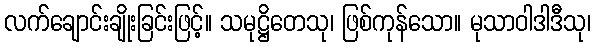
လက်ချောင်းချိုးခြင်းဖြင့်။ သမုဋ္ဌိတေသု၊ ဖြစ်ကုန်သော။ မုသာဝါဒါဒီသု၊